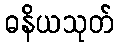
ဓနိယသုတ်